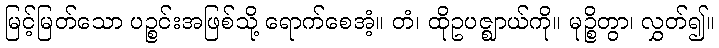
မြင့်မြတ်သော ပဉ္စင်းအဖြစ်သို့ ရောက်စေအံ့။ တံ၊ ထိုဥပဇ္ဈာယ်ကို။ မုဉ္စိတွာ၊ လွှတ်၍။